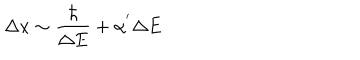
\Delta x \sim \frac { \hbar } { \Delta E } + \alpha ^ { ' } \Delta E